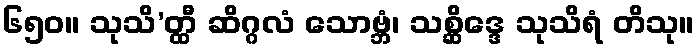
၆၅၀။ သုသိ’တ္ထီ ဆိဂ္ဂလံ သောဗ္ဘံ၊ သစ္ဆိဒ္ဒေ သုသိရံ တိသု။